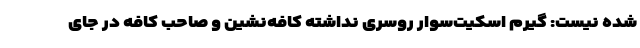
شده نیست: گیرم اسکیت‌سوار روسری نداشته کافه‌نشین و صاحب کافه در جای